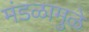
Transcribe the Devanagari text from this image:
मंडळामुळे